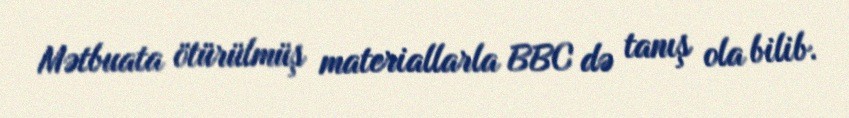
Mətbuata ötürülmüş materiallarla BBC də tanış ola bilib.